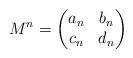
LaTeX: \begin{align*}M^n = \begin{pmatrix}a_n & b_n \\c_n & d_n\end{pmatrix}\end{align*}